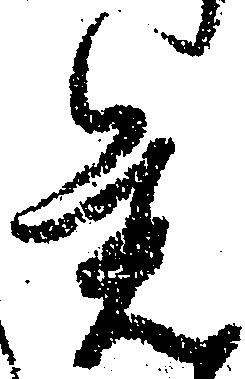
旧